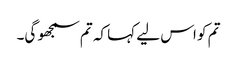
تم کو اس لیے کہا کہ تم سمجھو گی۔